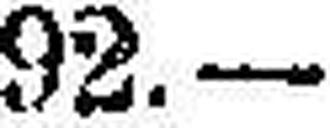
92.—